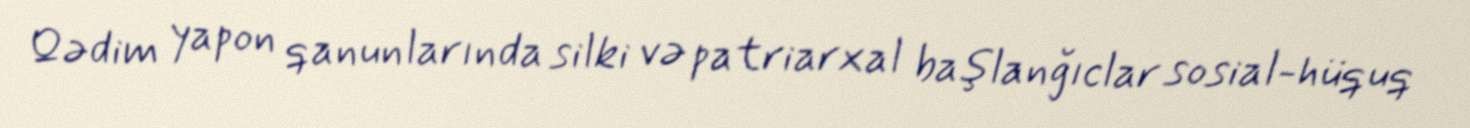
Qədim yapon qanunlarında silki və patriarxal başlanğıclar sosial-hüquq